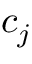
c _ { j }